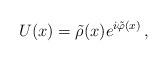
LaTeX: \begin{align*} U(x)=\tilde\rho(x)e^{i\tilde\varphi(x)}\,, \end{align*}